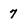
Character: 7